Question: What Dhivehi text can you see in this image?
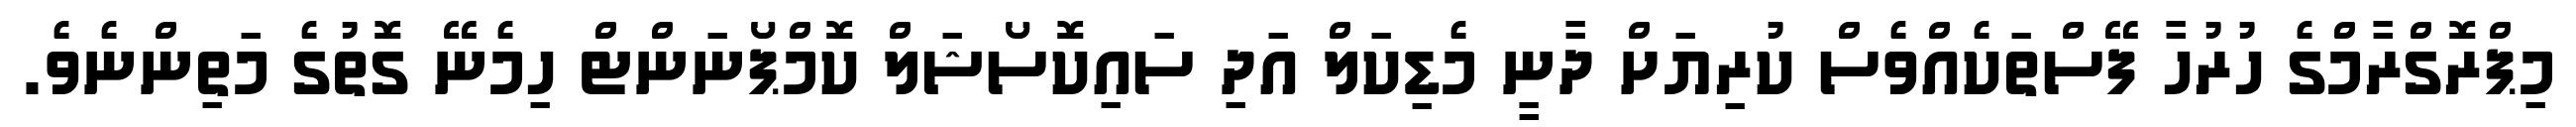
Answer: މިޕްރޮގްރާމްގެ ހުރުހާ ފޭސްތަކެއްވެސް ކުރިޔަށް ދާނީ މެޑިކަލް އަދި ސައިކޮސޯޝަލް ކޮމްޕޯނަންޓް ހިމެނޭ ގޮތުގެ މަތިންނެވެ.